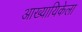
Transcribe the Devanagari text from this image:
आख्यायिकेला